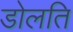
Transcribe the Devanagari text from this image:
डोलति